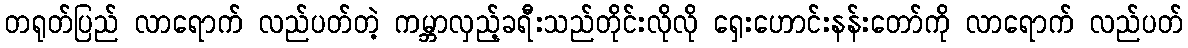
တရုတ်ပြည် လာရောက် လည်ပတ်တဲ့ ကမ္ဘာလှည့်ခရီးသည်တိုင်းလိုလို ရှေးဟောင်းနန်းတော်ကို လာရောက် လည်ပတ်